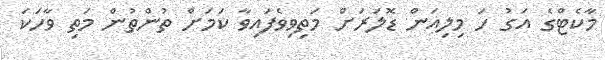
މާކެޓްގެ އަގު ހަ މިލިއަން ޑޮލަރަށް މަތިވިވެފައިވާ ކަމަށް ތުންތުން މަތި ވާހަކަ